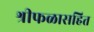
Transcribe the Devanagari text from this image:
श्रीफळासहित